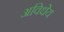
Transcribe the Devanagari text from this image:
अविधेय